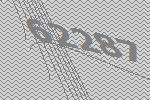
62287